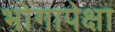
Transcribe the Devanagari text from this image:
भोगापेक्षा